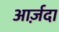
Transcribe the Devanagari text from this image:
आर्ज़दा